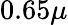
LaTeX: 0.65\mu